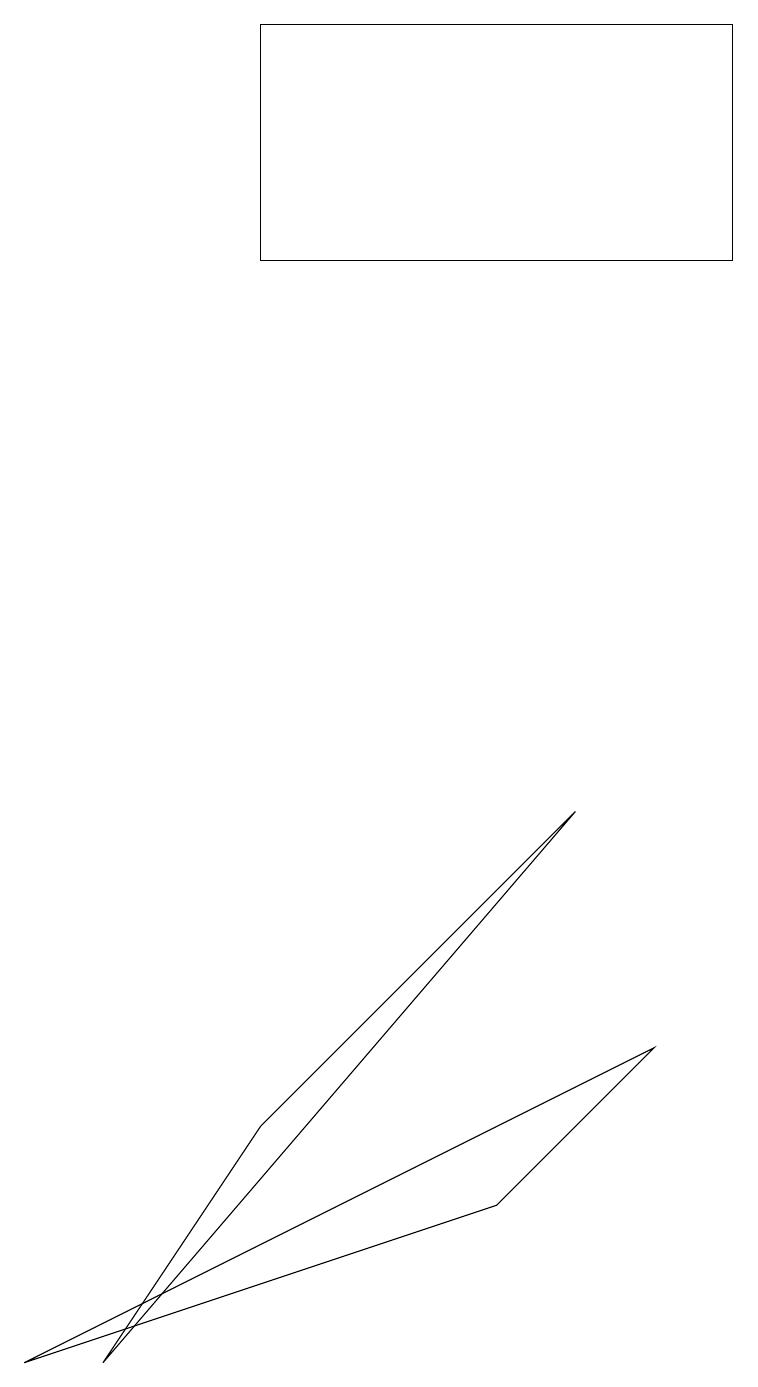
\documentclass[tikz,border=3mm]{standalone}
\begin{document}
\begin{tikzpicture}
\draw (1,1) -- (7,8) -- (3,4) -- cycle;
\draw (3,18) rectangle (9,15);
\draw (6,3) -- (0,1) -- (8,5) -- cycle;
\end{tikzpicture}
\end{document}